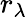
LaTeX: r_{\lambda}